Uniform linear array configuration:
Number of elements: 12
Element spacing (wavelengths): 1
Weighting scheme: kaiser
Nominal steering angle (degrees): -45
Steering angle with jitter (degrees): -44.323
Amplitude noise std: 0.05
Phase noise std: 0.05

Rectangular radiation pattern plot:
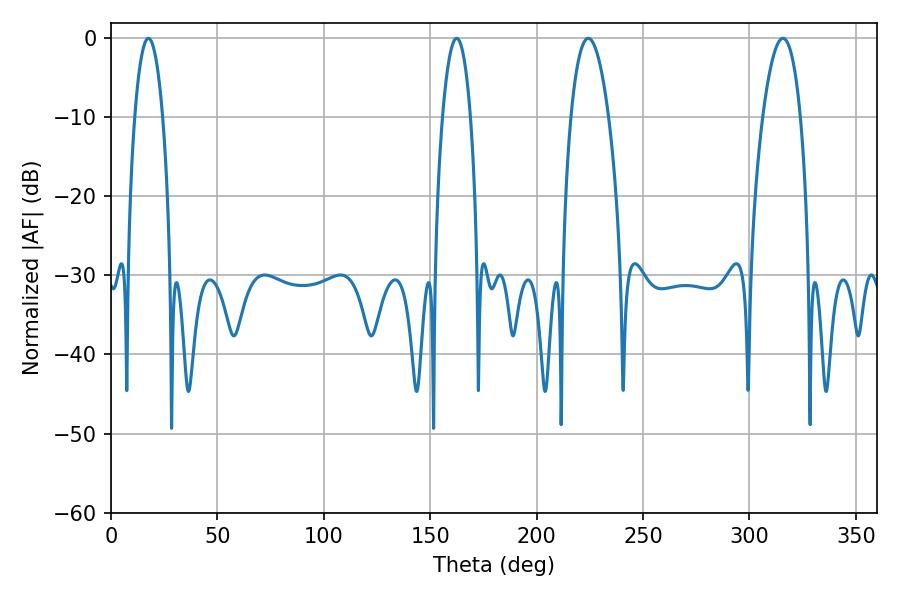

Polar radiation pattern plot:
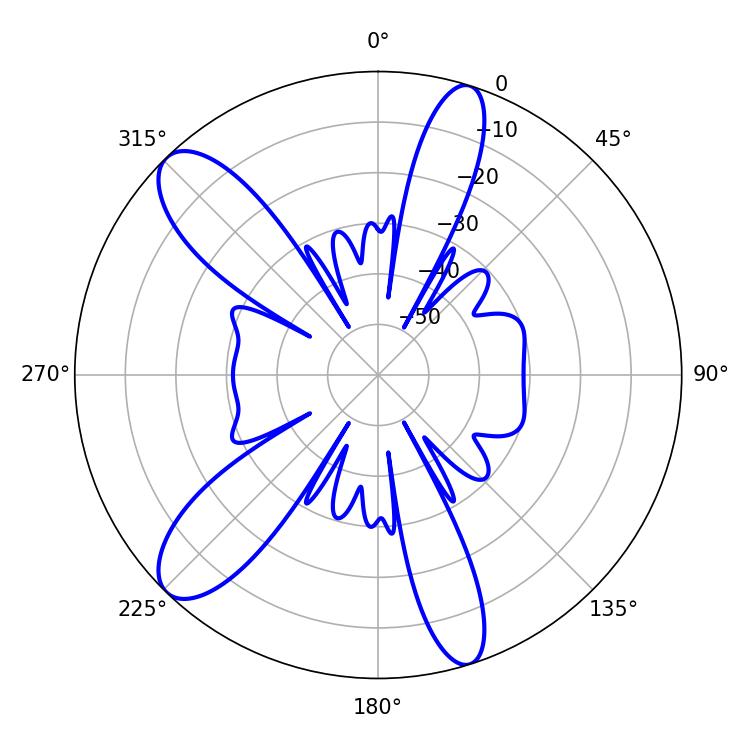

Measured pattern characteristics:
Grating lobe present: TRUE
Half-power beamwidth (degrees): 9.72
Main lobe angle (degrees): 224.28